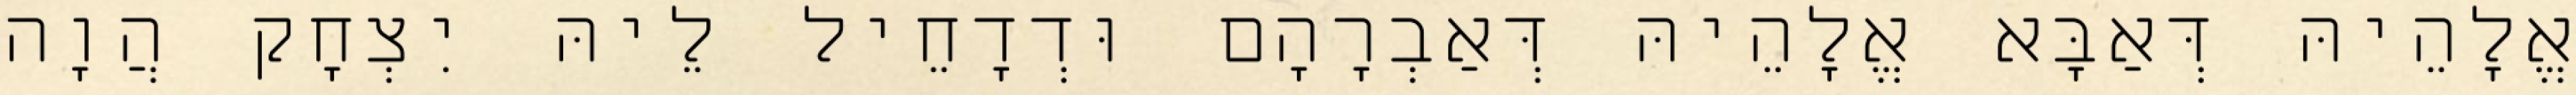
אֱלָהֵיהּ דְּאַבָּא אֱלָהֵיהּ דְּאַבְרָהָם וּדְדָחֵיל לֵיהּ יִצְחָק הֲוָה